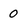
Character: 0